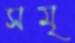
সমৃ